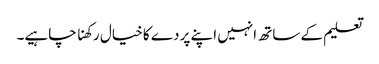
تعلیم کے ساتھ انہیں اپنے پردے کا خیال رکھنا چاہیے۔